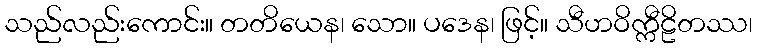
သည်လည်းကောင်း။ တတိယေန၊ သော။ ပဒေန၊ ဖြင့်။ သီဟဝိက္ကီဠိတဿ၊